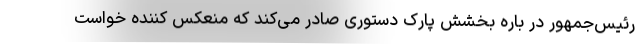
رئیس‌جمهور در باره بخشش پارک دستوری صادر می‌کند که منعکس کننده خواست